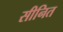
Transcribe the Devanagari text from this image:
सीनित